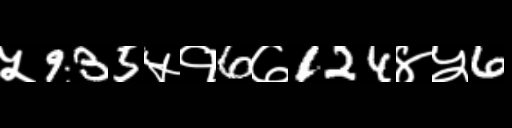
Text: ५935५१6७124४५6